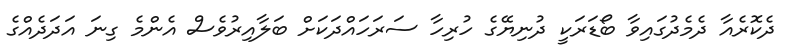
ދެކޮރެއާ ދެމެދުގައިވާ ބޯޑަރަކީ ދުނިޔޭގެ ހުރިހާ ސަރަހައްދަކަށް ބަލާއިރުވެސް އެންމެ ގިނަ އަދަދެއްގެ